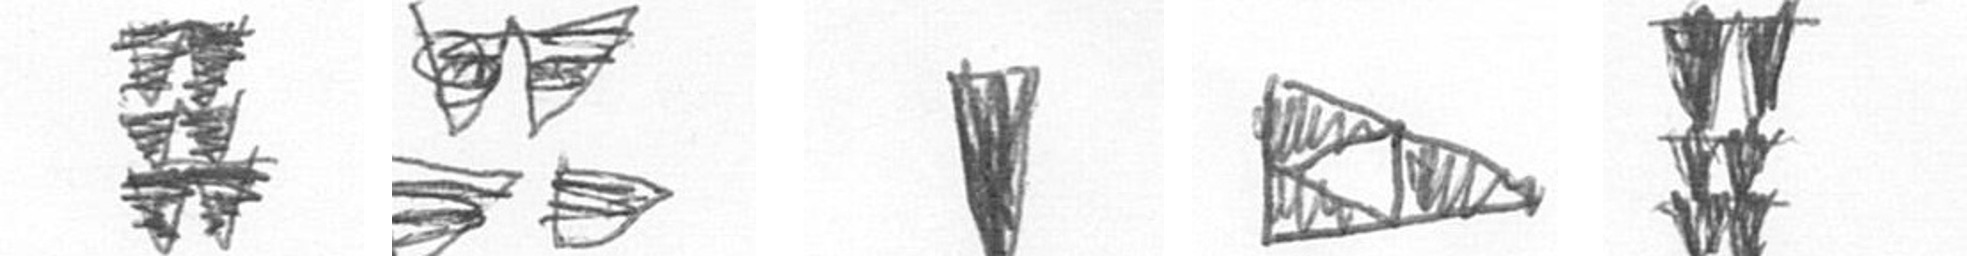
Y B J K Y